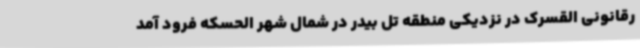
رقانونی القسرک در نزدیکی منطقه تل بیدر در شمال شهر الحسکه فرود آمد